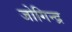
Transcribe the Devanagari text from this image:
जोगिन्द्र